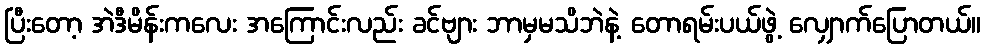
ပြီးတော့ အဲဒီမိန်းကလေး အကြောင်းလည်း ခင်ဗျား ဘာမှမသိဘဲနဲ့ တောရမ်းပယ်ဖွဲ့ လျှောက်ပြောတယ်။